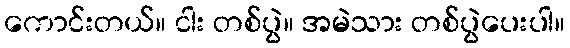
ကောင်းတယ်။ ငါး တစ်ပွဲ။ အမဲသား တစ်ပွဲပေးပါ။